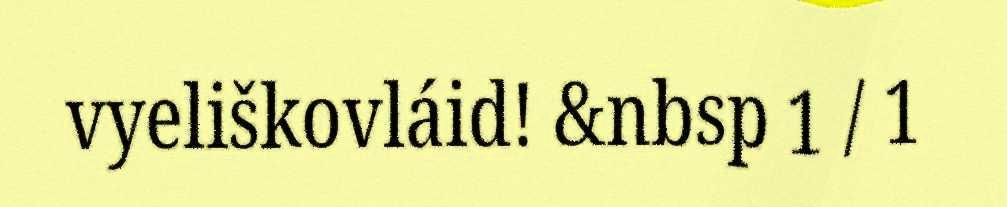
vyeliškovláid! &nbsp 1 / 1